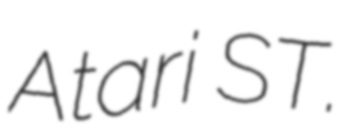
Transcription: Atari ST.